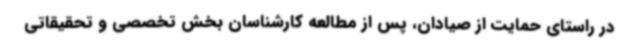
در راستای حمایت از صیادان، پس از مطالعه کارشناسان بخش تخصصی و تحقیقاتی